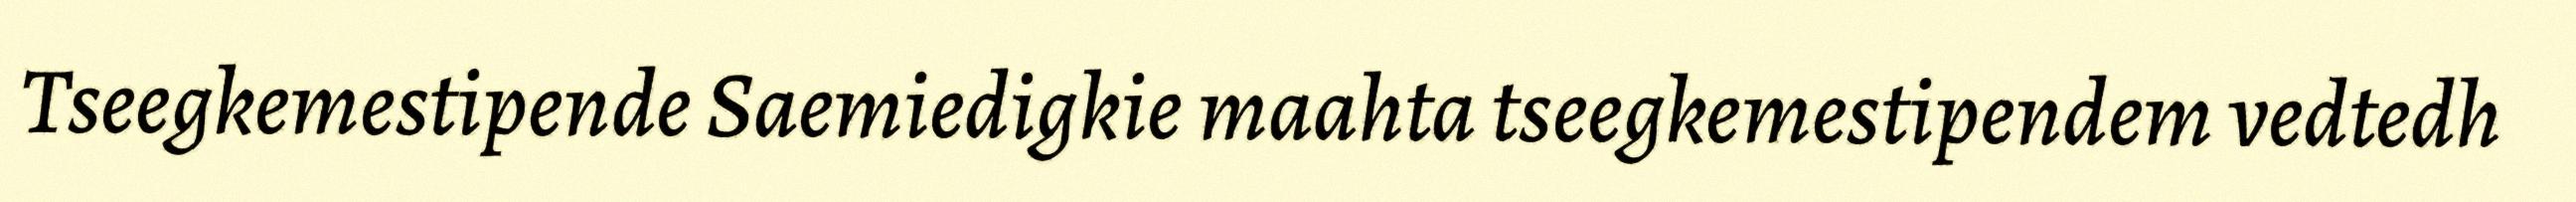
Tseegkemestipende Saemiedigkie maahta tseegkemestipendem vedtedh